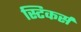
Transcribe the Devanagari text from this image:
स्टिकर्स